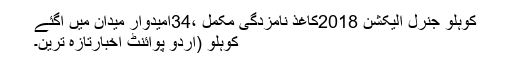
کوہلو جنرل الیکشن 2018کاغذ نامزدگی مکمل ،34امیدوار میدان میں آگئے
کوہلو (اُردو پوائنٹ اخبارتازہ ترین۔